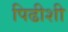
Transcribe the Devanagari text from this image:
पिढीशी